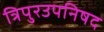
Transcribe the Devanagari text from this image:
त्रिपुरउपनिषद